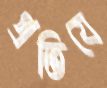
প্রতিযে